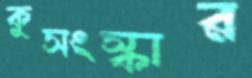
কুসংস্কার